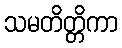
သမတိတ္တိကာ